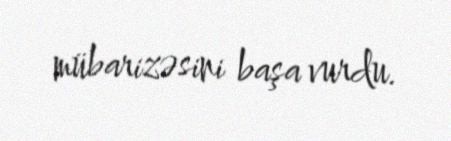
mübarizəsini başa vurdu.